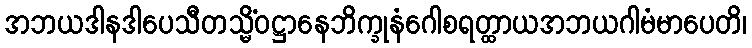
အဘယဒါနဒါပေသီတသ္မိံဝဋ္ဌာနေဘိက္ခုနံဂေါစရတ္ထာယအဘယဂါမံမာပေတိ၊